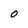
Character: O